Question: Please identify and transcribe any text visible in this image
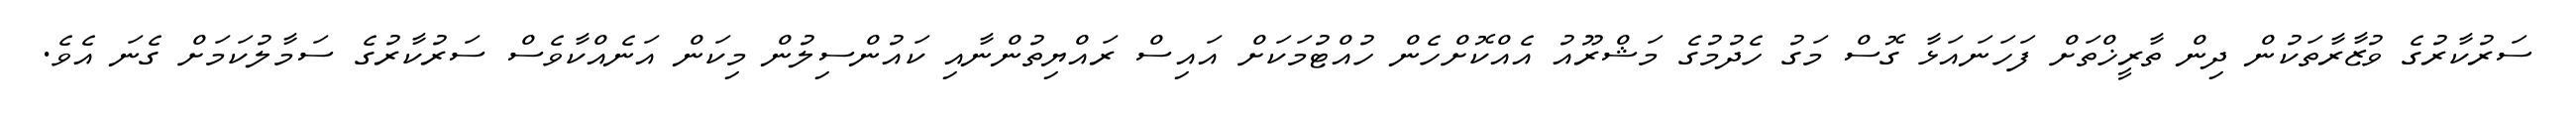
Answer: ސަރުކާރުގެ ވުޒާރާތަކުން ދިން ތާރީޚްތަށް ފަހަނައަޅާ ގޮސް މަގު ހެދުމުގެ މަޝްރޫއު އެއްކޮށްހެން ހުއްޓުމަކަށް އައިސް ރައްޔިތުންނާއި ކައުންސިލުން މިކަން އަނެއްކާވެސް ސަރުކާރުގެ ސަމާލުކަމަށް ގެނަ އެވެ.